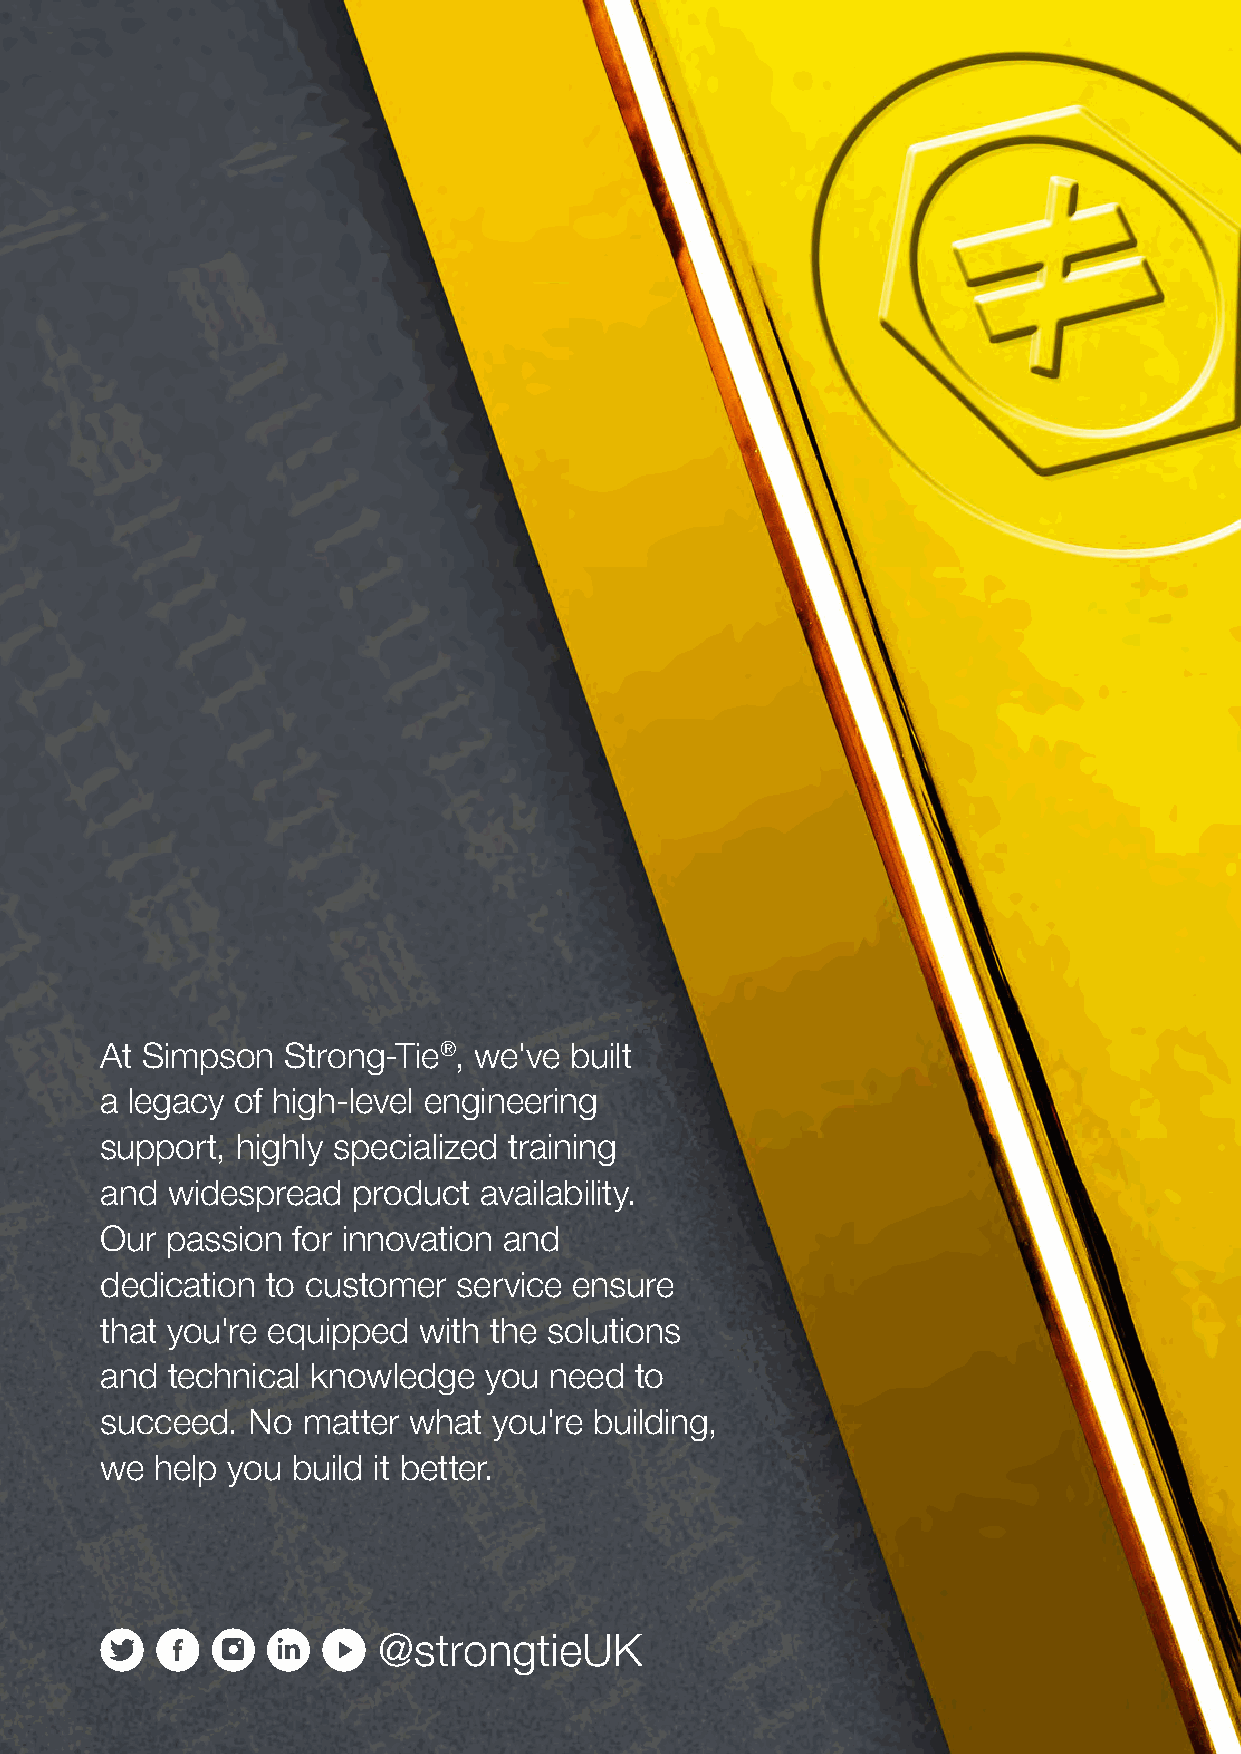
At Simpson  Strong-Tie®, we've built
 a legacy of high-level engineering
 support, highly specialized training
 and widespread  product  availability.
 Our passion for innovation and
 dedication to customer service ensure
 that you're equipped with the solutions
 and technical knowledge  you need  to
 succeed. No  matter what  you're building,
 we help you build it better.
 @strongtieUK